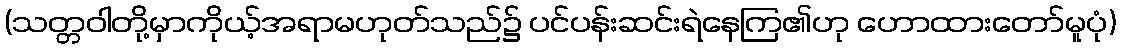
(သတ္တဝါတို့မှာကိုယ့်အရာမဟုတ်သည်၌ ပင်ပန်းဆင်းရဲနေကြ၏ဟု ဟောထားတော်မူပုံ)